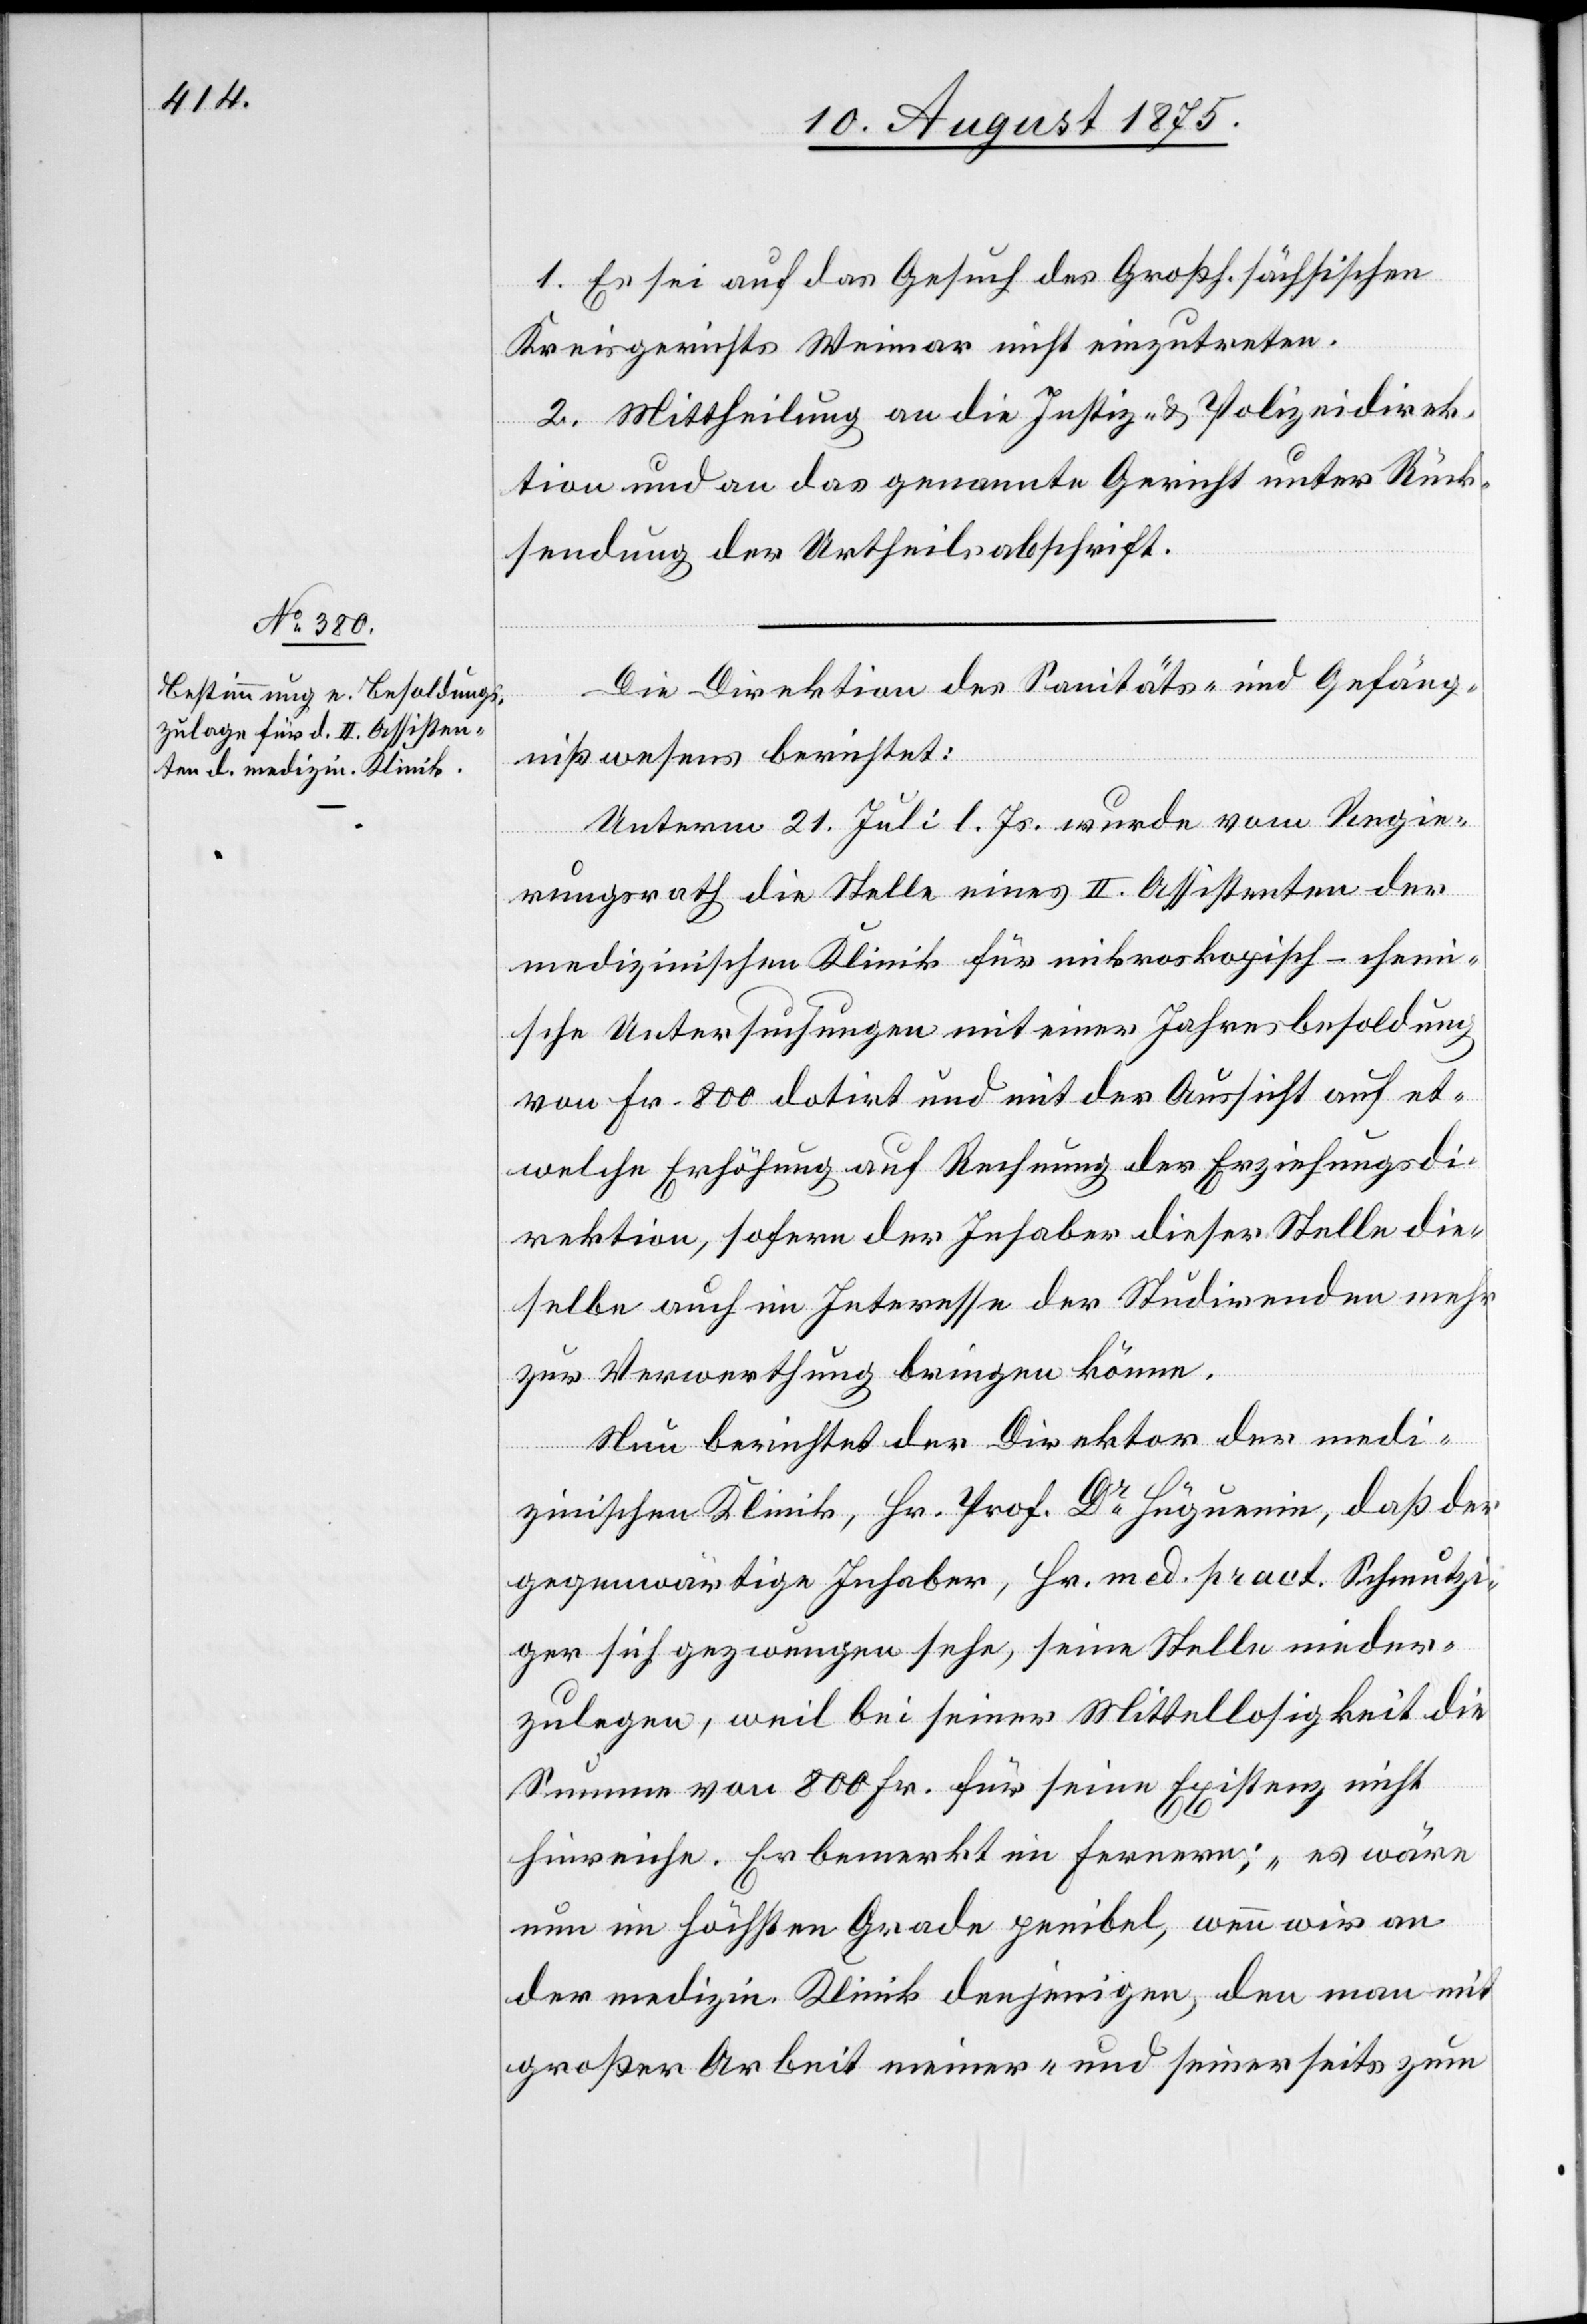
1. Es sei auf das Gesuch des Großh. sächsischen
Kreisgerichts Weimar nicht einzutreten.
2. Mittheilung an die Justiz- & Polizeidirek¬
tion und an das genannte Gericht unter Rück¬
sendung der Urtheilsabschrift.
Die Direktion des Sanitäts-und Gefäng¬
nißwesens berichtet:
Unterm 21. Juli d. Js. wurde vom Regie¬
rungsrath die Stelle eines II. Assistenten der
medizinischen Klinik für mikroskopische-chem¬
ische Untersuchungen mit einer Jahresbesoldung
von Fr. 800 dotirt und mit der Aussicht auf et¬
welche Erhöhung auf Rechnung der Erziehungsdi¬
rektion, sofern der Inhaber dieser Stelle die¬
selbe auch im Interesse der Studirenden mehr
zu Verwerthung bringen könne.
Neu berichtet der Direktor der medi¬
zinischen Klinik, Hr. Prof. Dr Huguenin, daß der
gegenwärtige Inhaber, Hr. med. pract. Schmutzin¬
ger sich gezwungen sehe, seine Stelle nieder¬
zulegen, weil bei seiner Mittellosigkeit die
Summe von 800 Fr. für seine Existenz nicht
hinreiche. Er bemerkt im fernern: „es wäre
nun im höchsten Grade penibel, wenn wir an
der medizin. Klinik denjenigen, den man mit
großer Arbeit meiner- und seinerseits zum